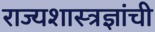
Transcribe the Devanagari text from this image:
राज्यशास्त्रज्ञांची